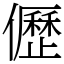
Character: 儮